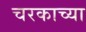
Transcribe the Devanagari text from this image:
चरकाच्या